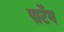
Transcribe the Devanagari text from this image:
पार्टेम